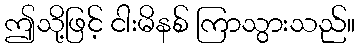
ဤသို့ဖြင့် ငါးမိနစ် ကြာသွားသည်။